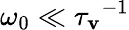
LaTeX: \omega_{0}\ll{\tau_{\mathbf{v}}}^{-1}